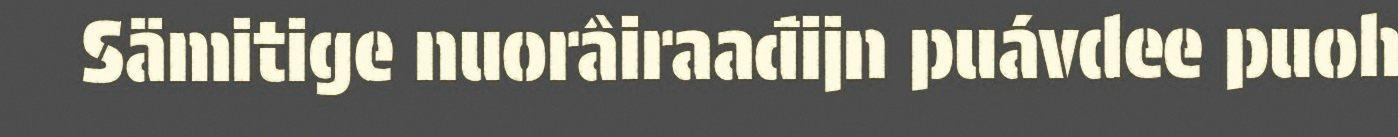
Sämitige nuorâiraađijn puávdee puoh